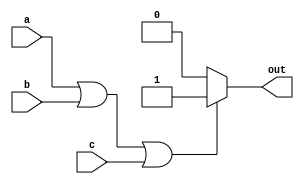
module three_input_or_gate(
    input wire a,
    input wire b,
    input wire c,
    output reg out
);

always @(*) begin
    if(a || b || c)
        out = 1;
    else
        out = 0;
end

endmodule